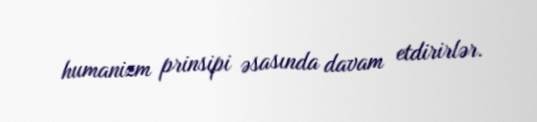
humanizm prinsipi əsasında davam etdirirlər.